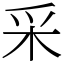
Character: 采